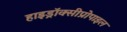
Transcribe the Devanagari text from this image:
हाइड्रॉक्सीप्रोपाइल